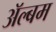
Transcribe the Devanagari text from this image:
अॅल्बम